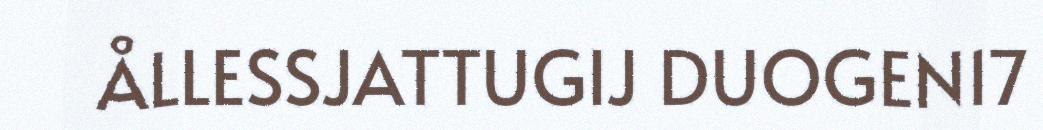
ÅLLESSJATTUGIJ DUOGEN17